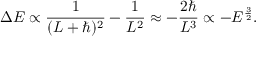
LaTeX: \Delta E \propto { \frac { 1 } { ( L + \hbar ) ^ { 2 } } } - { \frac { 1 } { L ^ { 2 } } } \approx - { \frac { 2 \hbar } { L ^ { 3 } } } \propto - E ^ { \frac { 3 } { 2 } } .